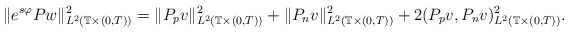
\begin{align*} \|e^{s\varphi}Pw\|_{L^2(\mathbb{T}\times(0,T))}^{2}= \|P_pv\|_{L^2(\mathbb{T}\times(0,T))}^{2}+ \|P_nv\|_{L^2(\mathbb{T}\times(0,T))}^{2}+2(P_pv,P_nv)_{L^2(\mathbb{T}\times(0,T))}^{2}.\end{align*}